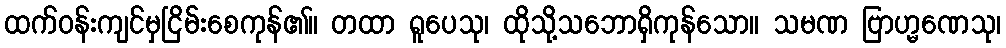
ထက်ဝန်းကျင်မှငြိမ်းစေကုန်၏။ တထာ ရူပေသု၊ ထိုသို့သဘောရှိကုန်သော။ သမဏ ဗြာဟ္မဏေသု၊